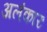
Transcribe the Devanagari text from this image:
अलंकारः